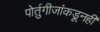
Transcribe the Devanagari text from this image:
पोर्तुगीजांकडूनही